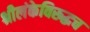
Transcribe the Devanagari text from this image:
श्रीलंकेविरूद्धच